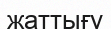
жаттығу